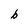
Character: b